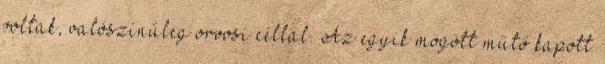
voltak, valószínűleg orvosi céllal. Az egyik mögött műtő kapott